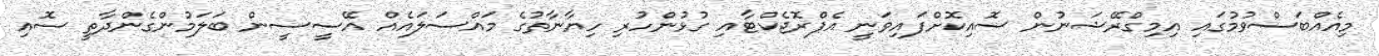
މިއެއްބަސްވުމުގައި އިމިގްރޭޝަނުން ސޮއިކޮށްފައިވަނީ އެޕްރޮޖެކްޓާއި ގުޅުންހުރި ހިޔާނާތުގެ މައްސަލައެއް އޭސީސީން ބަލަމުންގެންދާތީ ސޮއި